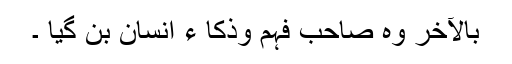
بالآخر وہ صاحب فہم وذکا ء انسان بن گیا ۔